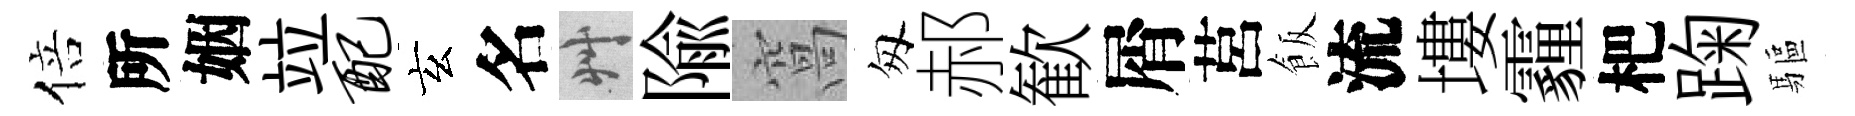
倍所姻竝配玄名艸隃窩匆郝歓屑莒飯流塿霾杷踘驅